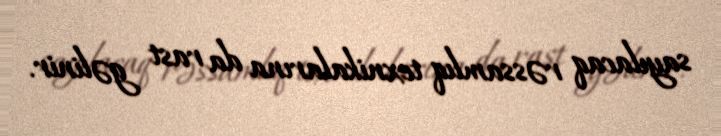
sayılacaq rəssamlıq texnikalarına da rast gəlinir.